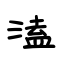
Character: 溘